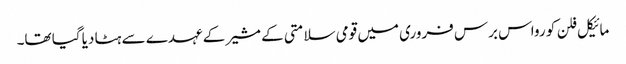
مائیکل فلن کو رواس برس فروری میں قومی سلامتی کے مشیر کے عہدے سے ہٹا دیا گیا تھا۔